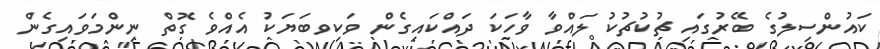
ކައުންސިލުގެ ބޭރުގައި ޗުކުޗުކު ލައްވާ ވާހަކަ ދައްކައިގެން ވަކިވބަޔަކު އެއްވެ ގޮތް ނިންމަވައިގެން